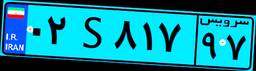
۰۲S۸۱۷۹۷